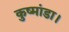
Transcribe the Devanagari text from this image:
कुष्मांडा।